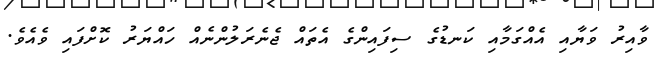
ވާއިރު ވަޔާއި އެއްގަމާއި ކަނޑުގެ ސިފައިންގެ އެތައް ޖެނެރަލުންނެއް ހައްޔަރު ކޮށްފައި ވެއެވެ.